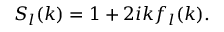
{ } S _ { l } ( k ) = 1 + 2 i k f _ { l } ( k ) .